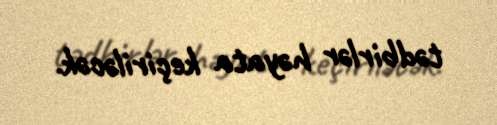
tədbirlər həyata keçiriləcək.